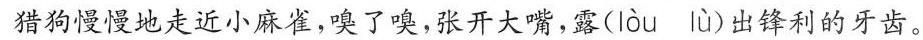
猎狗慢慢地走近小麻雀，嗅了嗅，张开大嘴，露(lòu lù)出锋利的牙齿。